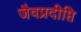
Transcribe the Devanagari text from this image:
जैवप्रदीप्ति